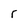
Character: r